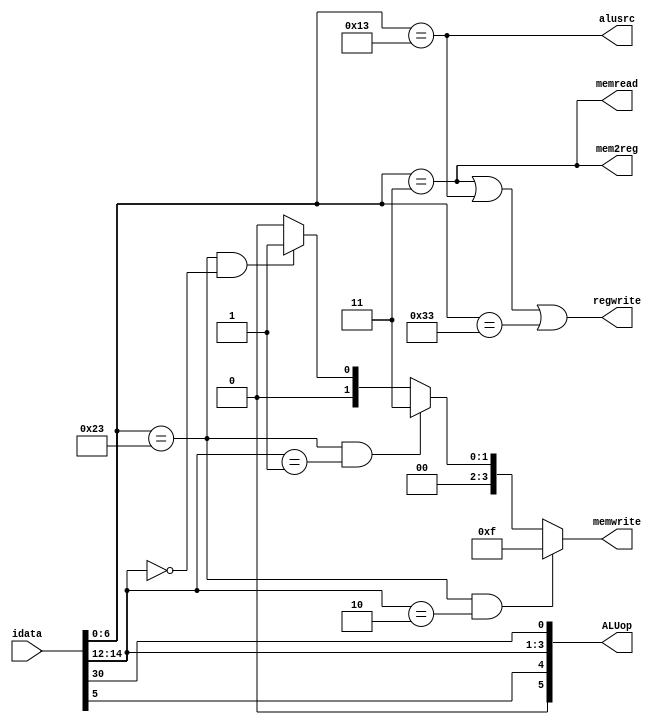
module control (
    input [31:0] idata,
    output  memread,
    output  mem2reg,
    output  [5:0] ALUop,
    output alusrc,
    output regwrite,
    output [3:0] memwrite
);


wire [6:0] opcode;
wire [2:0] funct3;
assign funct3 = idata[14:12];
assign opcode = idata[6:0];

//  Regwrite
assign regwrite = (opcode == 7'b0000011 || opcode == 7'b0010011 || opcode == 7'b0110011 );
//  Memwrite
assign memwrite = (opcode == 7'b0100011 && funct3 == 3'b010) ? 4'b1111 :
                  (opcode == 7'b0100011 && funct3 == 3'b001) ? 4'b0011 :
                  (opcode == 7'b0100011 && funct3 == 3'b000) ? 4'b0001 : 4'b0000;

// Memtoreg
assign mem2reg = (opcode == 7'b0000011);
// MemRead - Redundant but not removing as i've exhausted the 5 lines limit
assign memread = (opcode == 7'b0000011);
//alusrc - ALU Source for Second Alu operation  ? Immediate value : Register 
assign alusrc = (opcode == 7'b0010011) ;
//ALUop - Decididng the ALU operation code
assign ALUop = {1'b0,idata[5],idata[14:12],idata[30]};

endmodule